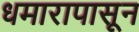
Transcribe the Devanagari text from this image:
धमारापासून